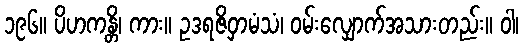
၁၉၆။ ပိဟကန္တိ၊ ကား။ ဥဒရဇိဝှာမံသံ၊ ဝမ်းလျှောက်အသားတည်း။ ဝါ၊